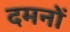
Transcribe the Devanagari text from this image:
दमनों